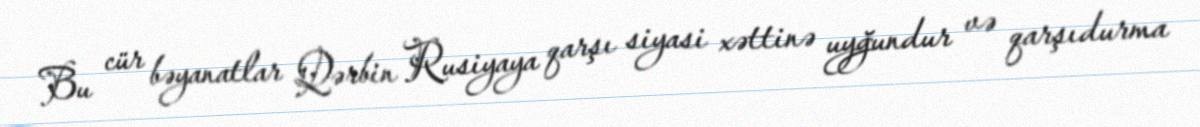
Bu cür bəyanatlar Qərbin Rusiyaya qarşı siyasi xəttinə uyğundur və qarşıdurma